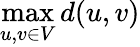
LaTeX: \operatorname*{max}_{u,v\in V}d(u,v)